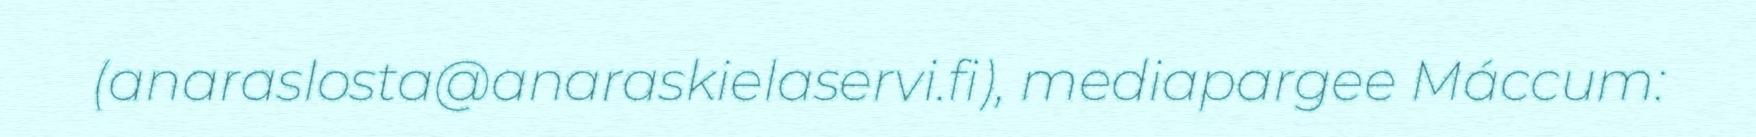
(anaraslosta@anaraskielaservi.fi), mediapargee Máccum: